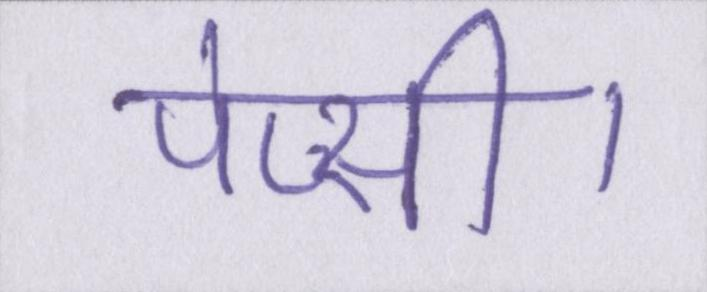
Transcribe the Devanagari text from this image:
पेप्सी।